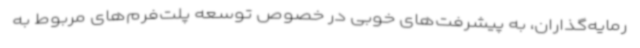
رمایه‌گذاران، به پیشرفت‌های خوبی در خصوص توسعه پلت‌فرم‌های مربوط به